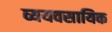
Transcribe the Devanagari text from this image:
व्ययवसायिक